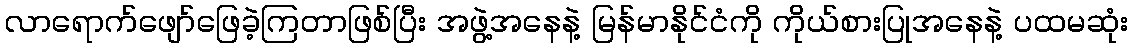
လာရောက်ဖျော်ဖြေခဲ့ကြတာဖြစ်ပြီး အဖွဲ့အနေနဲ့ မြန်မာနိုင်ငံကို ကိုယ်စားပြုအနေနဲ့ ပထမဆုံး